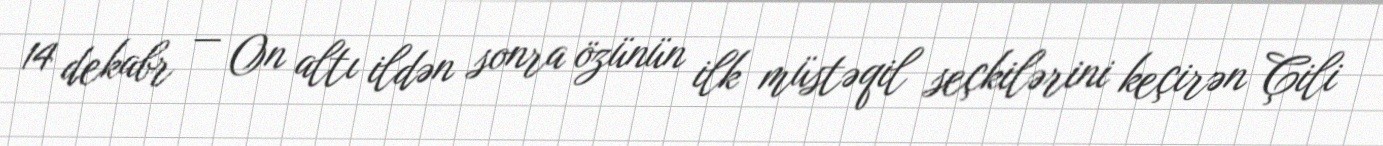
14 dekabr — On altı ildən sonra özünün ilk müstəqil seçkilərini keçirən Çili